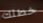
خطتك